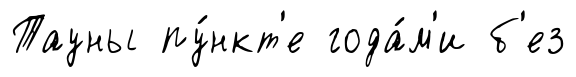
Тауны пу́нкт'е года́м'и б'ез